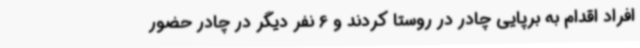
افراد اقدام به برپایی چادر در روستا کردند و 6 نفر دیگر در چادر حضور